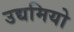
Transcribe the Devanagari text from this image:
उद्यमियो